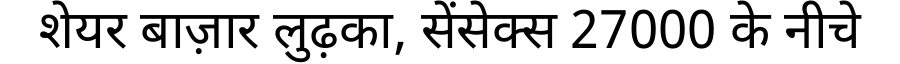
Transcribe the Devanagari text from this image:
शेयर बाज़ार लुढ़का, सेंसेक्स 27000 के नीचे